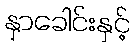
နှာခေါင်းနှင့်